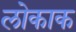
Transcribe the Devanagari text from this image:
लोकाक